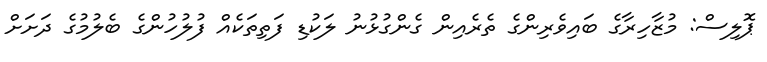
ޕޮލިސް: މުޒާހިރާގެ ބައިވެރިންގެ ތެރެއިން ގެންގުޅުނު ލަކުޑި ފަތިތަކެއް ފުލުހުންގެ ބެލުމުގެ ދަށަށް